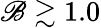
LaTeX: \mathscr{B}\gtrsim1.0